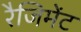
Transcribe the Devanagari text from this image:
रैजिमेंट